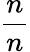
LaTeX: \frac{n}{n}